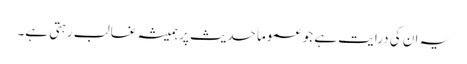
یہ ان کی درایت ہے جو عموماَ حدیث پر ہمیشہ غالب رہتی ہے۔